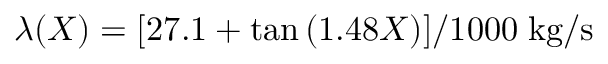
\lambda ( X ) = [ 2 7 . 1 + \tan { ( 1 . 4 8 X ) } ] / 1 0 0 0 \; \mathrm { k g / s }